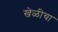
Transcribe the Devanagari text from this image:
खेळीचा